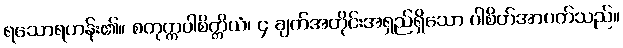
ရသောရဟန်း၏။ စတုက္ကပါစိတ္တိယံ၊ ၄ ချက်အတိုင်းအရှည်ရှိသော ပါစိတ်အာပတ်သည်။